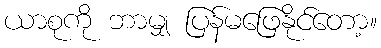
ယာစုကို ဘာမျှ ပြန်မဖြေနိုင်တော့။